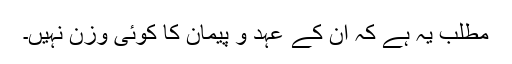
مطلب یہ ہے کہ ان کے عہد و پیمان کا کوئی وزن نہیں۔